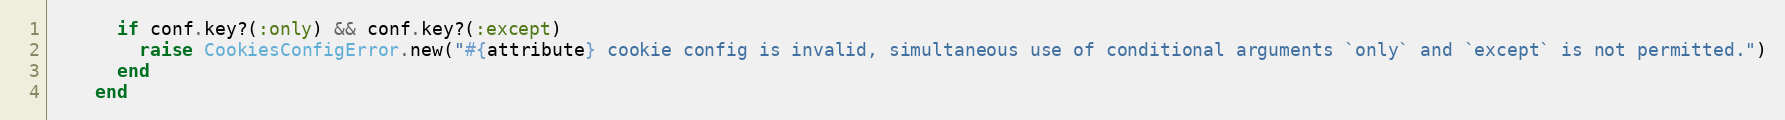
Language: Ruby
      if conf.key?(:only) && conf.key?(:except)
        raise CookiesConfigError.new("#{attribute} cookie config is invalid, simultaneous use of conditional arguments `only` and `except` is not permitted.")
      end
    end